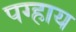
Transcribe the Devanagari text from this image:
पग्हाय